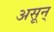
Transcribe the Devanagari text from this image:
असून्